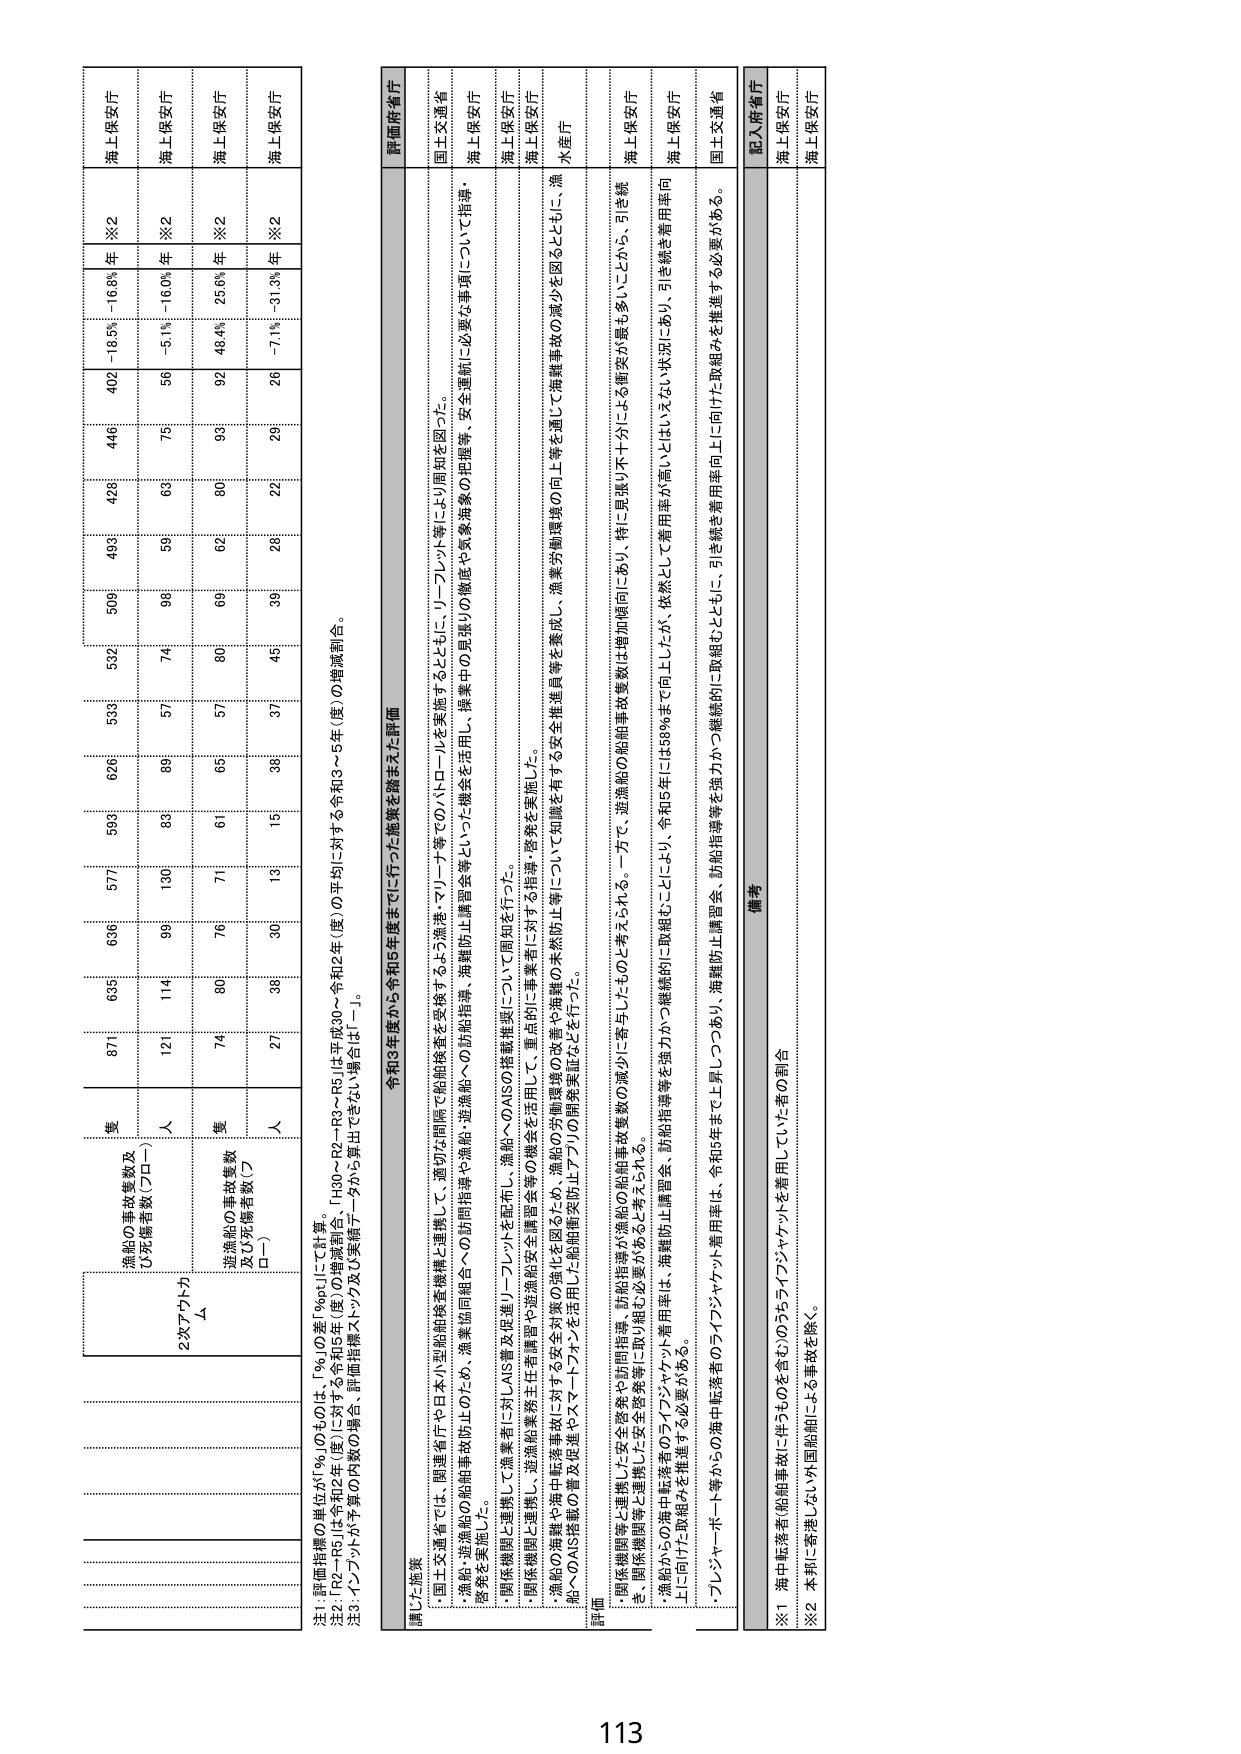
注1：評価指標の単位が「％」のものは、「％」の差「％pt」にて計算。
注2：「R2～R5」は令和2年（度）に対する令和5年（度）の増減割合、「R30～R3～R5」は平成30～令和2年（度）の平均に対する令和3～5年（度）の増減割合。
注3：インプットが予測の内容の場合、評価指標入力及び実績データから算出できない場合は「－」。

2次アウトカム
A

漁船の事故件数及び
①死傷者数（プロー）
人
871
635
636
577
593
626
533
532
509
496
428
446
402
－18.5%
－16.8%
※2
海上保安庁

漁船の事故件数及び
②死傷者数（プロー）
人
121
114
99
130
83
89
57
74
98
59
63
75
56
－5.1%
－16.0%
※2
海上保安庁

遊漁船の事故件数
及び死傷者数（プロー）
人
74
80
76
71
61
65
57
80
69
62
80
93
92
48.4%
25.6%
※2
海上保安庁

遊漁船の事故件数
及び死傷者数（プロー）
人
27
38
30
13
15
39
37
45
39
28
22
29
26
－7.1%
－31.3%
※2
海上保安庁

令和3年度から令和5年度までに行った施策を踏まえた評価

講じた施策
・国土交通省では、関連省庁や日本小型船舶検査機構と連携して、適切な間隔で船舶検査を実施するとともに、リーフレット等により周知を図った。
・漁船・遊漁船の船舶事故防止のため、漁業協同組合への訪船指導や漁船・遊漁船の船員等を対象とした講習会等を活用し、操業中の異状の徹底や気象海象の把握等、安全運航に必要な事項について指導・啓発を実施した。
・関係機関と連携して漁業者に対しAIS普及促進リーフレットを配布し、漁船へのAISの搭載推奨について周知を行った。
・関係機関と連携し、遊漁船業務主任者講習や遊漁船安全講習会等の機会を活用して、重点的に事業者に対する指導・啓発を実施した。
・漁船の海難や海中転落事故に対する安全対策の強化を図るため、漁船の労働環境の改善や漁船の未然防止等について知識を有する安全推進員等を養成し、漁業労働環境の向上等を通じて海難事故の減少とともに、漁船へのAIS等の普及促進やスマートフォンを活用した船舶衝突防止アプリの開発実証などを行った。

評価
・関係機関等と連携した安全啓発や訪船指導、訪船指導等が漁船の船舶事故件数の減少に寄与したものと考えられる。一方で、遊漁船の船舶事故件数は増加傾向にあり、特に見張り不十分による衝突が最も多く、引き続き
・漁船からの海中転落事故のライフジャケット着用率は、漁難防止講習会、訪船指導等を強力かつ継続的に取組むことにより、令和5年には58％まで向上したが、依然として着用率が高いため、引き続き着用率向上に向けた取組みを推進する必要がある。
・ブリッジやボート等からの海中転落者のライフジャケット着用率は、令和5年まで上昇しつつあり、漁難防止講習会、訪船指導等を強力かつ継続的に取組むとともに、引き続き着用率向上に向けた取組みを推進する必要がある。

備考
・海中転落者（船舶事故に伴うものを含む）のうちライフジャケットを着用していた者の割合
※1
・本邦に寄港しない外国船舶による事故を除く。
※2

評価府省庁
国土交通省
海上保安庁
海上保安庁
海上保安庁
水産庁
海上保安庁
海上保安庁
国土交通省

記入府省庁
海上保安庁
海上保安庁

113